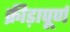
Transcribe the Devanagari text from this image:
क्रीड़ापूर्ण